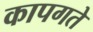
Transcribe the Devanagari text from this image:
कापगते